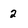
Character: 2